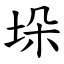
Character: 垛